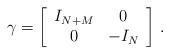
LaTeX: \begin{align*}\gamma = \biggl[ \begin{array}{cc} I_{N+M} & 0 \\ 0 & - I_N \end{array}\biggr]\ .\end{align*}